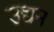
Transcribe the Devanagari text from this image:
उद्यन